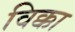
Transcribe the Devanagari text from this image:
विक्का